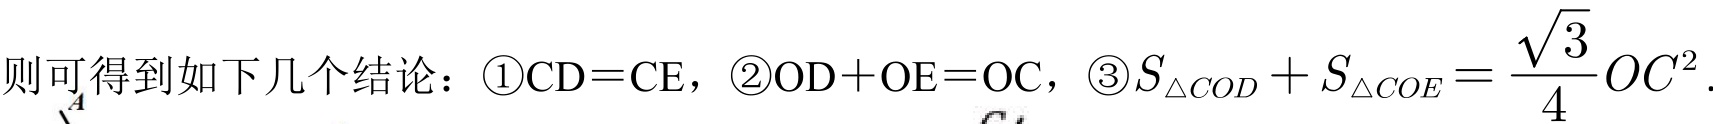
则可得到如下几个结论：\textcircled{1}\(CD = CE\)，\textcircled{2}\(OD + OE = OC\)，\textcircled{3}\(S_{\triangle COD}+S_{\triangle COE}=\frac{\sqrt{3}}{4}OC^{2}\).